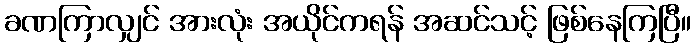
ခဏကြာလျှင် အားလုံး အယိုင်ကရန် အဆင်သင့် ဖြစ်နေကြပြီ။